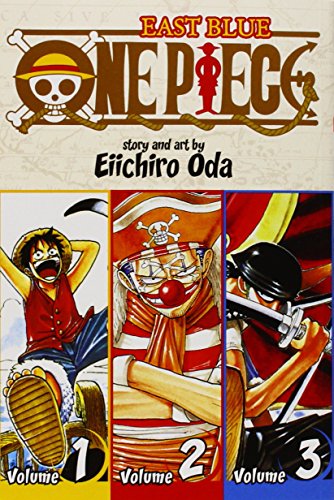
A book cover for One Piece: East Blue 1-2-3; Eiichiro Oda; Comics & Graphic Novels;